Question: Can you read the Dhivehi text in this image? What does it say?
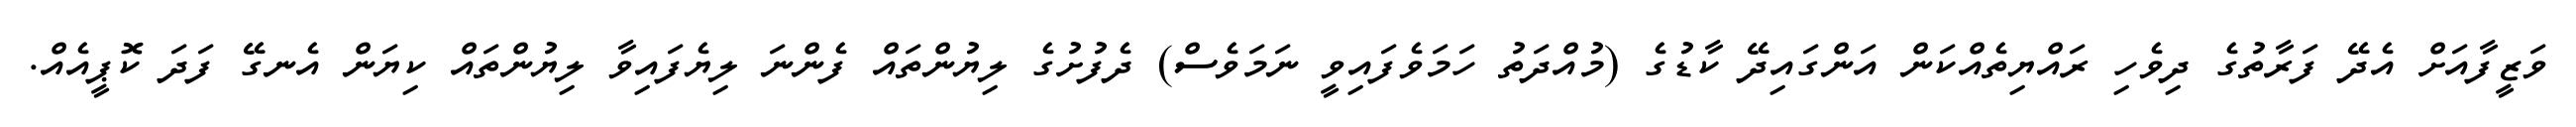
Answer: ވަޒީފާއަށް އެދޭ ފަރާތުގެ ދިވެހި ރައްޔިތެއްކަން އަންގައިދޭ ކާޑުގެ (މުއްދަތު ހަމަވެފައިވީ ނަމަވެސް) ދެފުށުގެ ލިޔުންތައް ފެންނަ ލިޔެފައިވާ ލިޔުންތައް ކިޔަން އެނގޭ ފަދަ ކޮޕީއެއް.